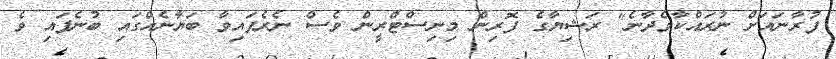
ފުރާނައަށް ނުރައްކާވެދާނެ" ރަޝިޔާގެ ފޮރިން މިނިސްޓްރީން ވެސް ނެރެފައިވާ ބަޔާނެއްގައި ބުނެފައި ވެ